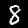
Label: 8